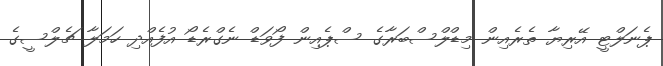
ޕެނަލްޓީ އޭރިޔާ ތެރެއިން މިޑްލްސްބަރާގެ ސްޕެއިން ފޯވަޑް ނެގްރެޑޯ އުފެއްދި ހަމަލާ ޗެލްސީގެ